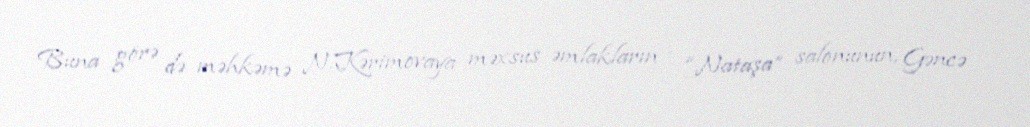
Buna görə də məhkəmə N.Kərimovaya məxsus əmlakların – “Nataşa” salonunun, Gəncə